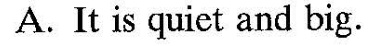
A. It is quiet and big.